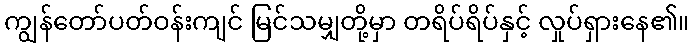
ကျွန်တော်ပတ်ဝန်းကျင် မြင်သမျှတို့မှာ တရိပ်ရိပ်နှင့် လှုပ်ရှားနေ၏။